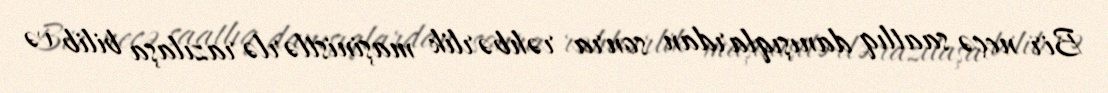
Bir neçə saatlıq danışıqlardan sonra rəhbərlik maşinistlərlə razılaşa bilib və